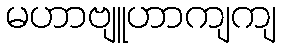
မဟာဗျူဟာကျကျ